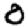
Digit: 0